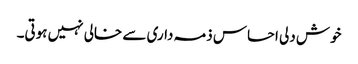
خوش دلی احساس ذمہ داری سے خالی نہیں ہوتی۔